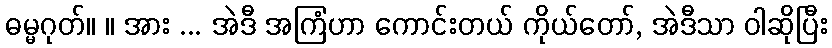
ဓမ္မဂုတ်။ ။ အား ... အဲဒီ အကြံဟာ ကောင်းတယ် ကိုယ်တော်, အဲဒီသာ ဝါဆိုပြီး